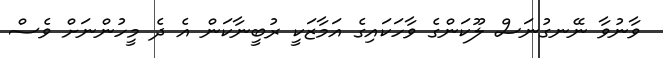
ވާނުވާ ނޭނގުނަސް ލޫކަންގެ ވާހަކައިގެ އަމާޒަކީ ރުބީނާކަން އެ ދެ މީހުންނަށް ވެސް